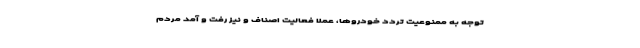
توجه به ممنوعیت تردد خودروها، عملاً فعالیت اصناف و نیز رفت و آمد مردم